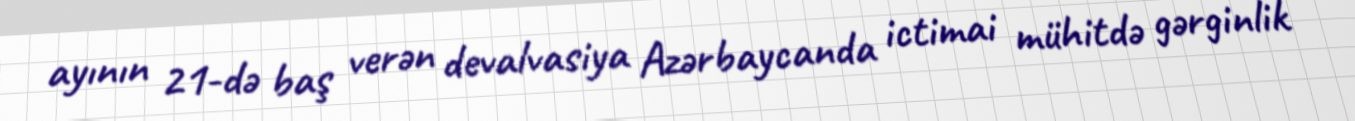
ayının 21-də baş verən devalvasiya Azərbaycanda ictimai mühitdə gərginlik